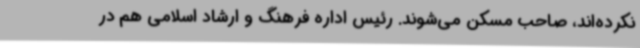
نکرده‌اند، صاحب مسکن می‌شوند. رئیس اداره فرهنگ و ارشاد اسلامی هم در